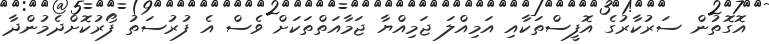
އޮގޮތުން ސަރުކާރުގެ އޮފީސްތަކާއި އަމިއްލަ ޖަމިއްޔާ ޖަމާއަތްތަކަށް ވެސް އެ ފުރުސަތު ފޯރުކޮށްދެމުންދާ